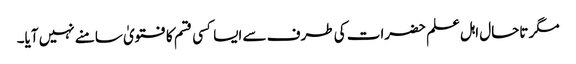
مگر تاحال اہل علم حضرات کی طرف سے ایسا کسی قسم کا فتویٰ سامنے نہیں آیا۔